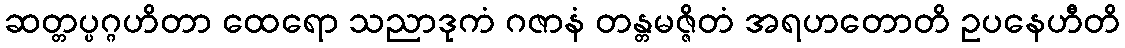
ဆတ္တပ္ပဂ္ဂဟိတာ ထေရော သညာဒုကံ ဂဇာနံ တန္တမဇ္ဇိတံ အရဟတောတိ ဥပနေဟီတိ